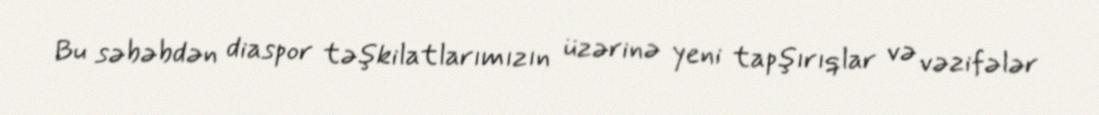
Bu səbəbdən diaspor təşkilatlarımızın üzərinə yeni tapşırıqlar və vəzifələr